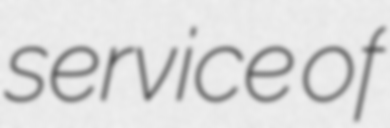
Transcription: service of